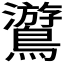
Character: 𪆎